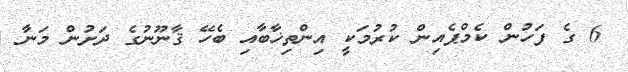
6 ގެ ފަހުން ކެމްޕެއިން ކުރުމަކީ އިންތިޚާބާއި ބެހޭ ޤާނޫނުގެ ދަށުން މަނާ